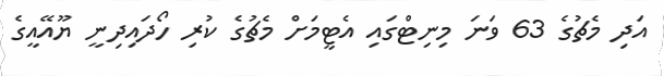
އަދި މެޗުގެ 63 ވަނަ މިނިޓްގައި އެޓީމަށް މެޗުގެ ކުރި ހޯދައިދިނީ ޔޫއޭއީގެ